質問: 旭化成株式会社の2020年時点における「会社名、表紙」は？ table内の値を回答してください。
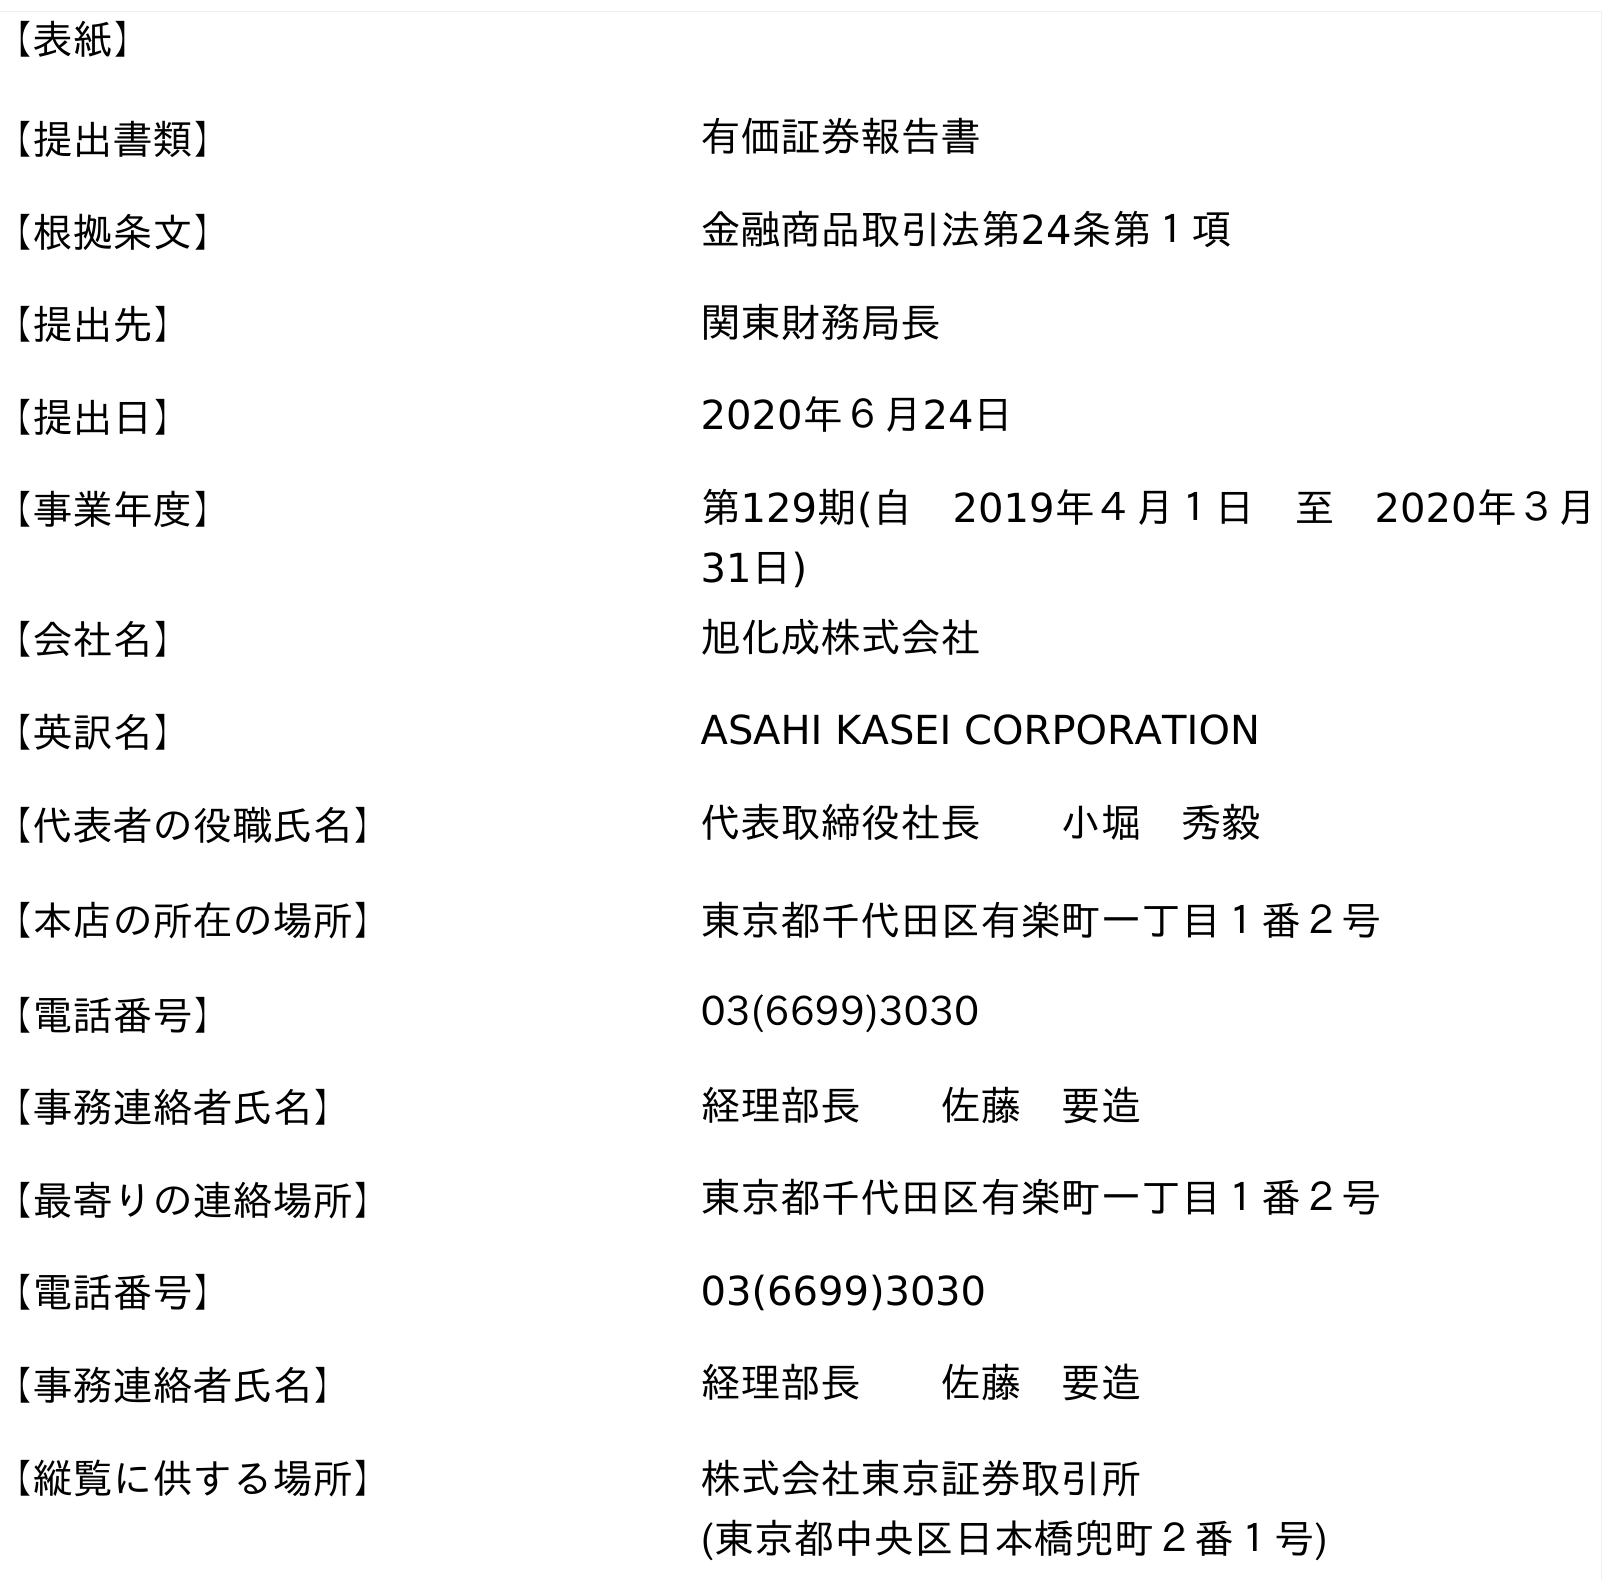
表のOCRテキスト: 【表紙】 【提出書類】 有価証券報告書 【根拠条文】 金融商品取引法第24条第１項 【提出先】 関東財務局長 【提出日】 2020年６月24日 【事業年度】 第129期(自 2019年４月１日 至 2020年３月 31日) 【会社名】 旭化成株式会社 【英訳名】 ASAHI KASEI CORPORATION 【代表者の役職氏名】 代表取締役社長  小堀 秀毅 【本店の所在の場所】 東京都千代田区有楽町一丁目１番２号 【電話番号】 03(6699)3030 【事務連絡者氏名】 経理部長  佐藤 要造 【最寄りの連絡場所】 東京都千代田区有楽町一丁目１番２号 【電話番号】 03(6699)3030 【事務連絡者氏名】 経理部長  佐藤 要造 【縦覧に供する場所】 株式会社東京証券取引所 (東京都中央区日本橋兜町２番１号)
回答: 旭化成株式会社